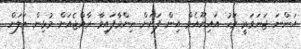
އަންނަ ޖަނަވަރީ މަހު އައިޔޫއެމް އިން ފަށަން ނިންމާފައިވާ ރާއްޖެއަށް މުޅިން އަލަށް